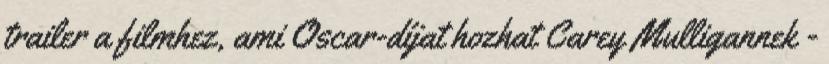
trailer a filmhez, ami Oscar-díjat hozhat Carey Mulligannek -